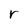
Character: r